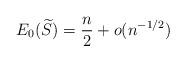
LaTeX: \begin{align*}E_0(\widetilde{S})=\frac{n}{2}+o(n^{-1/2})\end{align*}